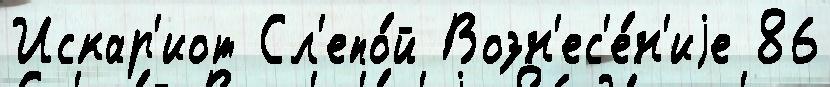
Искар'иот Сл'епо́й Возн'ес'е́н'иjе 86